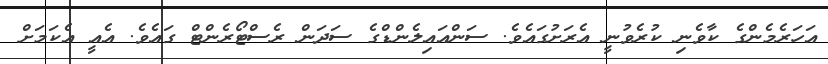
އަހަރެމެންގެ ކާވެނި ކުރެވުނީ އެރަށުގައެވެ. ސަންއައިލެންޑްގެ ސަދަން ރެސްޓޯރެންޓް ގައެވެ. އެއީ އެކަމަށް